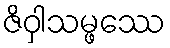
ဇိဝှါသမ္ဖဿေ